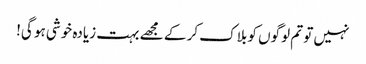
نہیں تو تم لوگوں کو بلاک کر کے مجھے بہت زیادہ خوشی ہو گی!